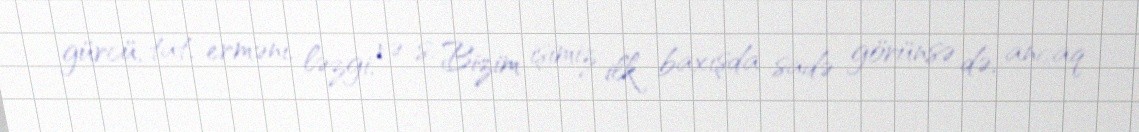
gürcü, tat, erməni, ləzgi, və s. Bizim işimiz ilk baxışda sadə görünsə də, ancaq